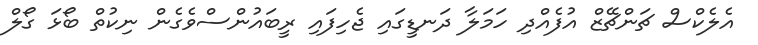
އެލެކްސް ޗަންޗޭޒް އުފެއްދި ހަމަލާ ދަނޑީގައި ޖެހިފައި ރީބައުންސްވެގެން ނިކުތް ބޯޅަ ގޯލް